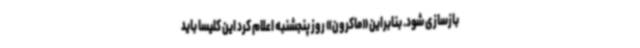
بازسازی شود. بنابراین «ماکرون» روز پنجشنبه اعلام کرد این کلیسا باید